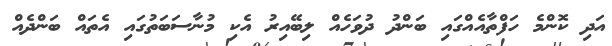
އަދި ކޮންމެ ހަފްތާއެއްގައި ބަންދު ދުވަހެއް ލިބޭއިރު އެކި މުނާސަބަތުގައި އެތައް ބަންދެއް